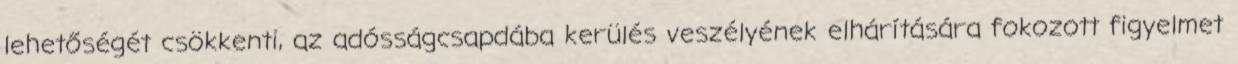
lehetőségét csökkenti, az adósságcsapdába kerülés veszélyének elhárítására fokozott figyelmet